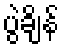
ပွဲချိန်